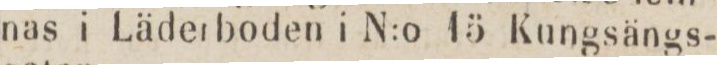
nas i Läderboden i N:o 15 Kungsängs-